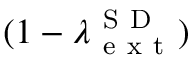
( 1 - \lambda _ { \mathrm { ~ e ~ x ~ t ~ } } ^ { \mathrm { ~ S ~ D ~ } } )